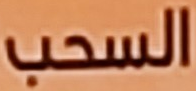
السحب